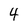
Character: 4